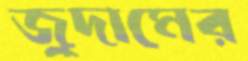
জুদামের